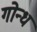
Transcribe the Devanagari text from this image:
गोन्ध